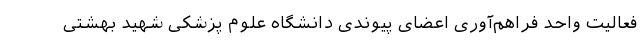
فعالیت واحد فراهم‌آوری اعضای پیوندی دانشگاه علوم پزشکی شهید بهشتی